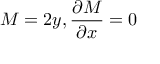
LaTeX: M = 2 y , { \frac { \partial M } { \partial x } } = 0